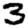
Digit: 3